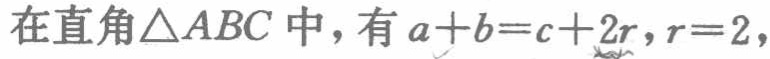
在直角$\triangle ABC$中，有$a + b = c + 2r$，$r = 2$，